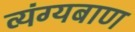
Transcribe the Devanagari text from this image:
व्यंग्यबाण